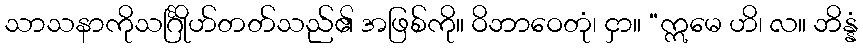
သာသနာကိုသင်္ဂြိုဟ်တတ်သည်၏ အဖြစ်ကို။ ဝိဘာဝေတုံ၊ ငှာ။ “ဣမေ ဟိ၊ လ။ ဘိန္နံ